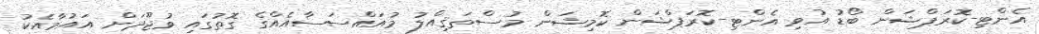
އެންޓި-ކޮރަޕްޝަން ބޯޑު އުވި އެންޓި-ކޮރަޕްޝަން ކޮމިޝަން މުސްތަޤިއްލު މުއައްސަސާއެއްގެ ގޮތުގައި ވުޖޫދަށް އައުމާއެކު